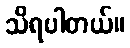
သိရပါတယ်။